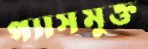
গ্যাসমুক্ত